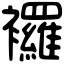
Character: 𧟌